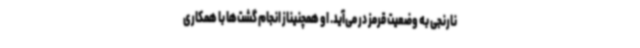
نارنجی به وضعیت قرمز در می‌آید. او همچنیناز انجام گشت‌ها با همکاری